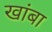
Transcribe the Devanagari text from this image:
खांबा